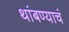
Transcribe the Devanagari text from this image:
थांबण्याचं